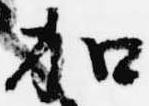
加